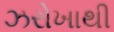
ઝરોખાથી